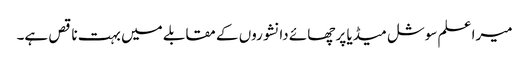
میرا علم سوشل میڈیا پر چھائے دانشوروں کے مقابلے میں بہت ناقص ہے۔